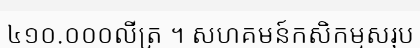
៤១០.០០០លីត្រ ។ សហគមន៍កសិកម្មសរុប